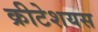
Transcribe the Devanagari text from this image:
क्रीटेशयस